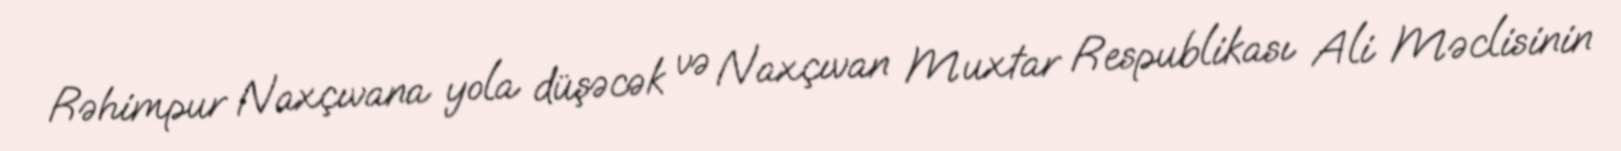
Rəhimpur Naxçıvana yola düşəcək və Naxçıvan Muxtar Respublikası Ali Məclisinin